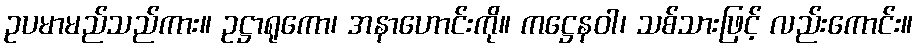
ဥပမာမည်သည်ကား။ ဥဋ္ဌာရုကော၊ အနာဟောင်းကို။ ကဋ္ဌေနဝါ၊ သစ်သားဖြင့် လည်းကောင်း။